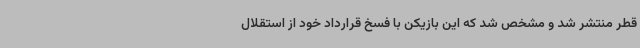
قطر منتشر شد و مشخص شد که این بازیکن با فسخ قرارداد خود از استقلال